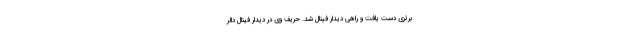
برتری دست یافت و راهی دیدار فینال شد. حریف وی در دیدار فینال دالر